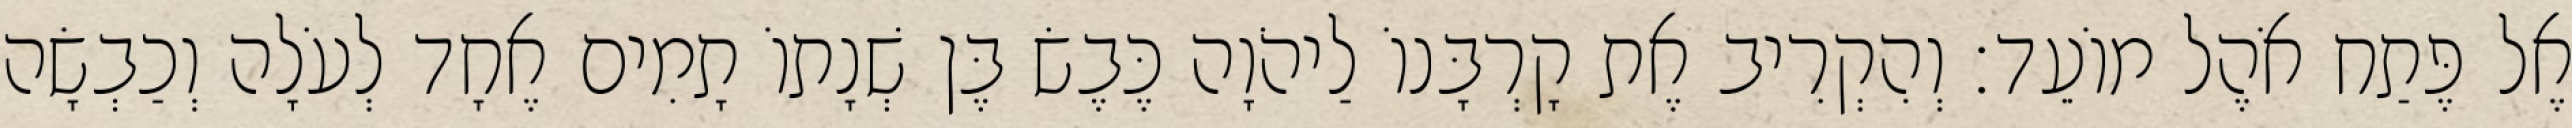
אֶל פֶּתַח אֹהֶל מוֹעֵד׃ וְהִקְרִיב אֶת קָרְבָּנוֹ לַיהֹוָה כֶּבֶשׂ בֶּן שְׁנָתוֹ תָמִים אֶחָד לְעֹלָה וְכַבְשָׂה